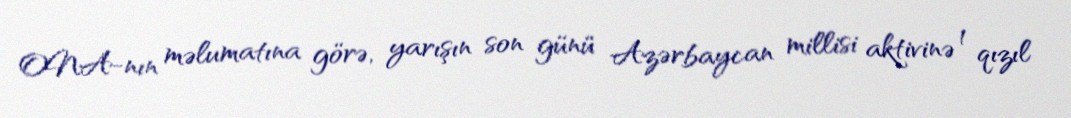
ONA-nın məlumatına görə, yarışın son günü Azərbaycan millisi aktivinə 1 qızıl